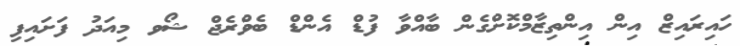
ހައިރައިޒް އިން އިންތިޒާމްކޮށްގެން ބާއްވާ ފުޑް އެންޑް ބެވްރެޖް ޝޯވ މިއަދު ފަށައިފި